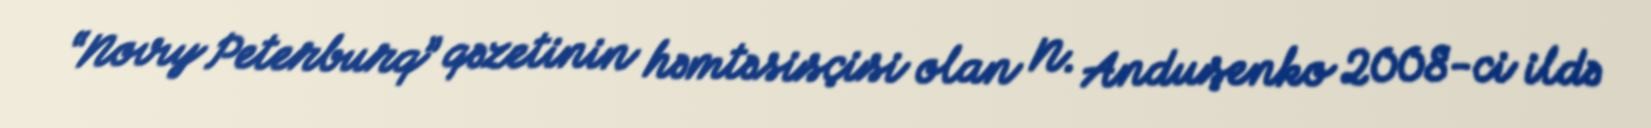
“Novıy Peterburq” qəzetinin həmtəsisçisi olan N. Anduşenko 2008-ci ildə